Report of the Indian Hemp Drugs Commission, 1894-1895 - Volume IV
Year: 1894
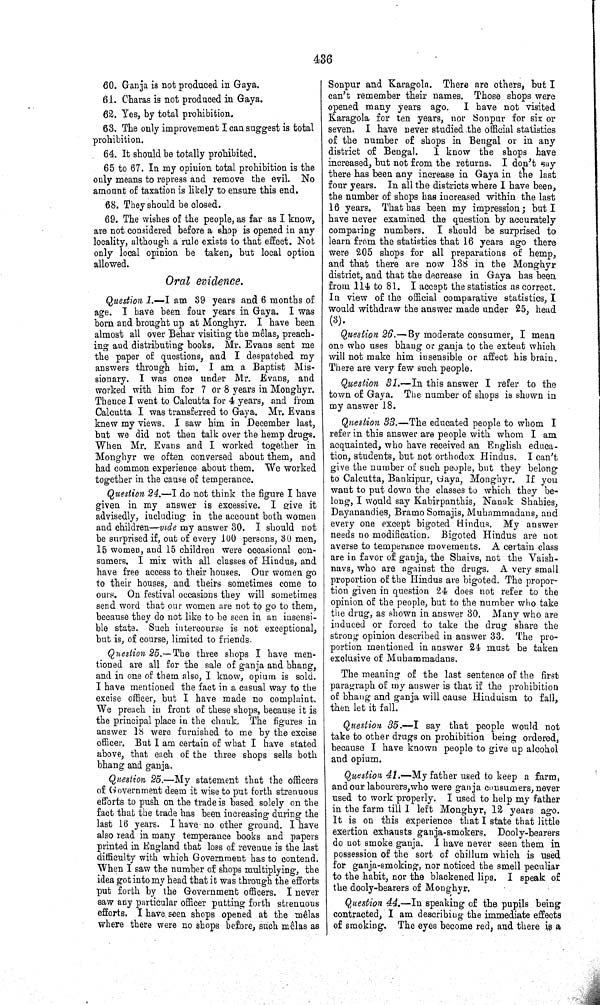
436
60. Ganja is not produced in Gaya.
61. Charas is not produced in Gaya.
62. Yes, by total prohibition.
63. The only improvement I can suggest is total
prohibition.
64. It should be totally prohibited.
65 to 67. In my opinion total prohibition is the
only means to repress and remove the evil. No
amount of taxation is likely to ensure this end.
68. They should be closed.
69. The wishes of the people, as far as I know,
are not considered before a shop is opened in any
locality, although a rule exists to that effect. Not
only local opinion be taken, but local option
allowed.
Oral evidence.
Question 1.—I am 39 years and 6 months of
age. I have been four years in Gaya. I was
born and brought up at Monghyr. I have been
almost all over Behar visiting the mêlas, preach-
ing and distributing books. Mr. Evans sent me
the paper of questions, and I despatched my
answers through him. I am a Baptist Mis-
sionary. I was once under Mr. Evans, and
worked with him for 7 or 8 years in Monghyr.
Thence I went to Calcutta for 4 years, and from
Calcutta I was transferred to Gaya. Mr. Evans
knew my views. I saw him in December last,
but we did not then talk over the hemp drugs.
When Mr. Evans and I worked together in
Monghyr we often conversed about them, and
had common experience about them. We worked
together in the cause of temperance.
Question 24.—I do not think the figure I have
given in my answer is excessive. I give it
advisedly, including in the account both women
and children—vide my answer 30. I should not
be surprised if, out of every 100 persons, 30 men,
15 women, and 15 children were occasional con-
sumers. I mix with all classes of Hindus, and
have free access to their houses. Our women go
to their houses, and theirs sometimes come to
ours. On festival occasions they will sometimes
send word that our women are not to go to them,
because they do not like to be seen in an insensi-
ble state. Such intercourse is not exceptional,
but is, of course, limited to friends.
Question 25.—The three shops I have men-
tioned are all for the sale of ganja and bhang,
and in one of them also, I know, opium is sold.
I have mentioned the fact in a casual way to the
excise officer, but I have made no complaint.
We preach in front of these shops, because it is
the principal place in the chauk. The figures in
answer 18 were furnished to me by the excise
officer. But I am certain of what I have stated
above, that each of the three shops sells both
bhang and ganja.
Question 25.—My statement that the officers
of Government deem it wise to put forth strenuous
efforts to push on the trade is based solely on the
fact that the trade has been increasing during the
last 16 years. I have no other ground. I have
also read in many temperance books and papers
printed in England that loss of revenue is the last
difficulty with which Government has to contend.
When I saw the number of shops multiplying, the
idea got into my head that it was through the efforts
put forth by the Government officers. I never
saw any particular officer putting forth strenuous
efforts. I have seen shops opened at the mêlas
where there were no shops before, such mêlas as
Sonpur and Karagola. There are others, but I
can't remember their names. Those shops were
opened many years ago. I have not visited
Karagola for ten years, nor Sonpur for six or
seven. I have never studied the official statistics
of the number of shops in Bengal or in any
district of Bengal. I know the shops have
increased, but not from the returns. I don't say
there has been any increase in Gaya in the last
four years. In all the districts where I have been,
the number of shops has increased within the last
16 years. That has been my impression; but I
have never examined the question by accurately
comparing numbers. I should be surprised to
learn from the statistics that 16 years ago there
were 205 shops for all preparations of hemp,
and that there are now 138 in the Monghyr
district, and that the decrease in Gaya has been
from 114 to 81. I accept the statistics as correct.
In view of the official comparative statistics, I
would withdraw the answer made under 25, head
(3).
Question 26.— By moderate consumer, I mean
one who uses bhang or ganja to the extent which
will not make him insensible or affect his brain.
There are very few such people.
Question 31.—In this answer I refer to the
town of Gaya. The number of shops is shown in
my answer 18.
Question 33.—The educated people to whom I
refer in this answer are people with whom I am
acquainted, who have received an English educa-
tion, students, but not orthodox Hindus. I can't
give the number of such people, but they belong
to Calcutta, Bankipur, Gaya, Monghyr. If you
want to put down the classes to which they be-
long, I would say Kabirpanthis, Nanak Shahies,
Dayanandies, Bramo Somajis, Muhammadans, and
every one except bigoted Hindus. My answer
needs no modification. Bigoted Hindus are not
averse to temperance movements. A certain class
are in favor of ganja, the Shaivs, not the Vaish-
navs, who are against the drugs. A very small
proportion of the Hindus are bigoted. The propor-
tion given in question 24 does not refer to the
opinion of the people, but to the number who take
the drug, as shown in answer 30. Many who are
induced or forced to take the drug share the
strong opinion described in answer 33. The pro-
portion mentioned in answer 24 must be taken
exclusive of Muhammadans.
The meaning of the last sentence of the first
paragraph of my answer is that if the prohibition
of bhang and ganja will cause Hinduism to fall,
then let it fall.
Question 35.—I say that people would not
take to other drugs on prohibition being ordered,
because I have known people to give up alcohol
and opium.
Question 41.—-My father used to keep a farm,
and our labourers,who were ganja consumers, never
used to work properly. I used to help my father
in the farm till I left Monghyr, 12 years ago.
It is on this experience that I state that little
exertion exhausts ganja-smokers. Dooly-bearers
do not smoke ganja. I have never seen them in
possession of the sort of chillum which is used
for ganja-smoking, nor noticed the smell peculiar
to the habit, nor the blackened lips. I speak of
the dooly-bearers of Monghyr.
Question 44.—In speaking of the pupils being
contracted, I am describing the immediate effects
of smoking. The eyes become red, and there is a